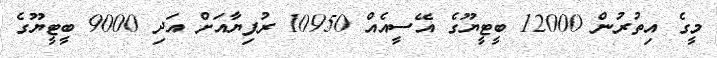
މީގެ އިތުރުން 12000 ބީޓީޔޫގެ އޭސީއެއް 10950 ރުފިޔާއަށް އަދި 9000 ބީޓީޔޫގެ